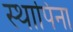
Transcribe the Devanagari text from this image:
स्थापिना